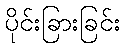
ပိုင်းခြားခြင်း